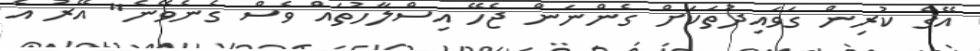
އޭގެ ކުރިން ގަވައިދުތަކަށް ގެންނަން ޖެހޭ އިސްލާހުތައް ވެސް ގެނެވޭނެ" އޭރު އެ